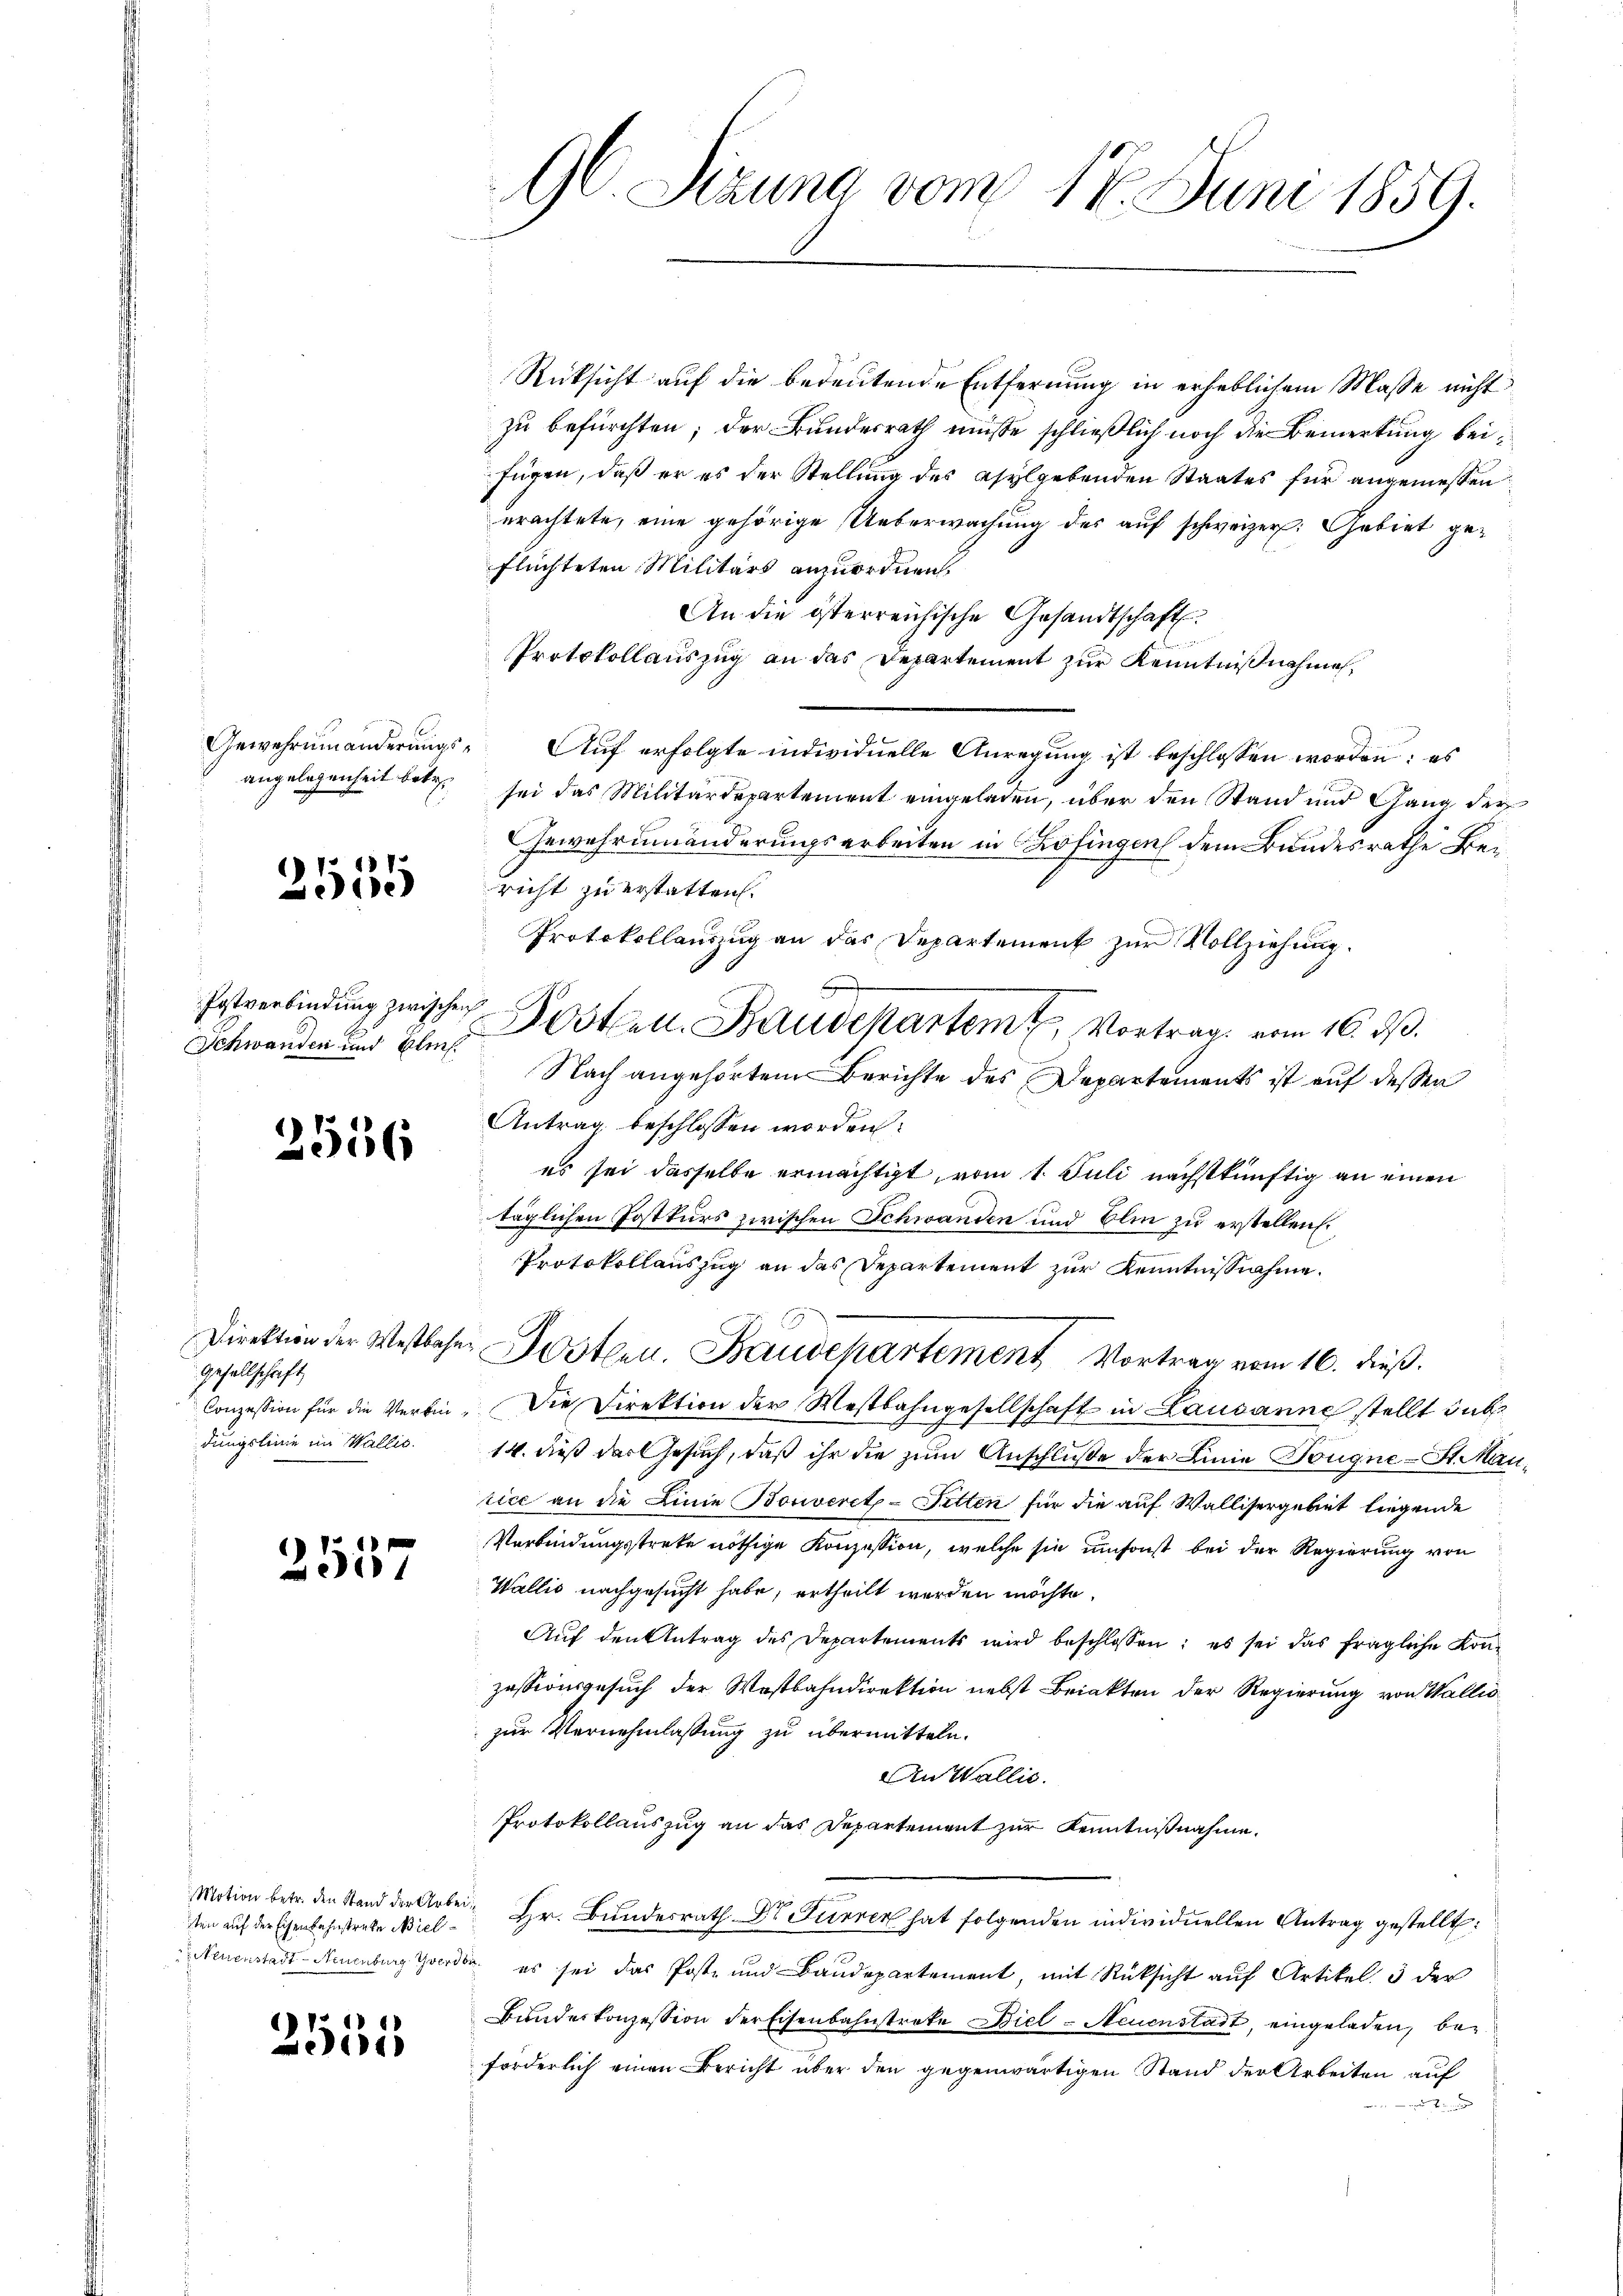
Gewehrumänderungsangelegenheit betr.

2535

Postverbindung zwischen
Schwanden und Bli

2556

Gesellschaft
dungslinie im Wallis.

2537

sten auf der Eisenbahnstrate Niel¬

111 1
4)

96. Sizung vom 17. Juni 1859.

Rücksicht auf die bedeutende Entfernung in erheblichem Masse nicht
zu befürchten; der Bundesrath müsse schließlich noch die Bemerkung beifügen, daß er es der Stellung des Asylgebenden Staates für angemessen
erachtete, eine gehörige Ueberwachung des auf schweizer: Gebiet geflüchteten Militärs anzuordnen.
An die österreichische Gesandtschaft.
Protokollauszug an das Departement zur Kenntnißnahme,
Auf erfolgte individuelle Anregung ist beschlossen worden: es
sei das Militärdepartement eingeladen, über den Stand und Gang der
Gewährumänderungsarbeiten in Zofingen dem Bundesrathe Bericht zu erstatten.
Protokollauszug an das Departement zur Vollziehung.
Posten. Baudepartem Vortrag vom 16. ds.
Nach angehörtem Berichte des Departements ist auf dessen
Antrag beschlossen worden:
 es sei dasselbe ermächtigt vom 1. Juli nächstkünftig an einen
täglichen Postkurs zwischen Schwanden und Blin zu erstellen.
Protokollauszug an das Departement zur Kenntnißnahme.
Direktion der Westbeher Postern. Baudepartement Vortrag vom 16. dieß.
Conzession für die Verbin. Die Direktion der Westbahngesellschaft in Lausanne stellt sub
14. dieß das Gesuch, daß ihr die zum Anschluße der Linie Dougne-St. Mantice an die Linie Bonveret - Sitten für die auf Wallisergebiet liegende
Verbindungsstreke nöthige Konzession, welche sie umsonst bei der Regierung von
Wallis nachgesucht habe, ertheilt werden möchte.
Aŭf den Antrag des Departements wird beschlossen: es sei das fragliche Konzessionsgesuch der Wastbahndirektion nebst Briakten der Regierung von Wallis
zur Vernehmlassung zu übermitteln.
An Wallis.
Protokollauszug an das Departement zur Kenntnißnahme.
Motion betr. den Stand der Arbei Hr. Bŭndesrath Dr Furren hat folgenden individuellen Antrag gestellt:
Neuenstadt- Neuenburg Gerd es sei das Poste und Baudepartement, mit Rücksicht auf Artikel. 3 der
Bundeskonzession der Eisenbahnstreke Biel Neuenstadt, eingeladen, beforderlich einen Bericht über den gegenwärtigen Stand der Arbeiten auf
rund

F